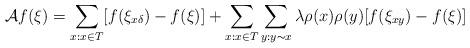
LaTeX: \begin{align*}\mathcal{A}f(\xi)=\sum_{x:x\in T}[f(\xi_{x\delta})-f(\xi)]+\sum_{x:x\in T}\sum_{y:y\thicksim x}\lambda\rho(x)\rho(y)[f(\xi_{xy})-f(\xi)]\end{align*}